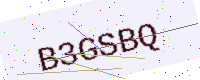
Text: B3GSBQ